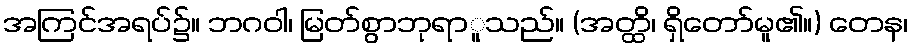
အကြင်အရပ်၌။ ဘဂဝါ၊ မြတ်စွာဘုရာူသည်။ (အတ္ထိ၊ ရှိတော်မူ၏။) တေန၊